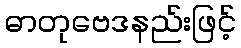
ဓာတုဗေဒနည်းဖြင့်